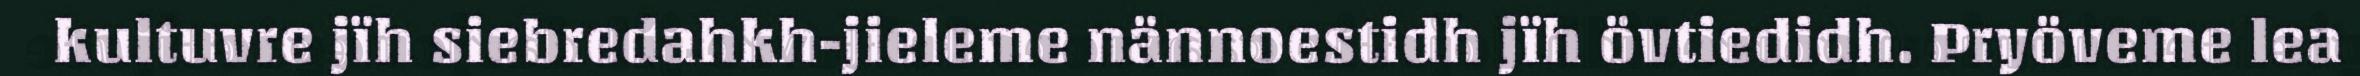
kultuvre jïh siebredahkh-jieleme nännoestidh jïh övtiedidh. Pryöveme lea